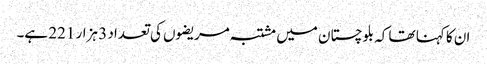
ان کا کہنا تھا کہ بلوچستان میں مشتبہ مریضوں کی تعداد 3 ہزار 221 ہے۔